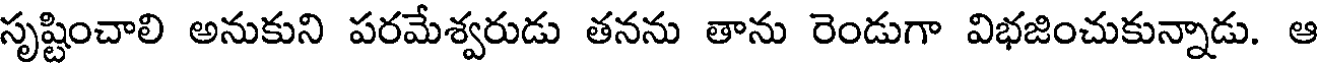
సృష్టించాలి అనుకుని పరమేశ్వరుడు తనను తాను రెండుగా విభజించుకున్నాడు. ఆ